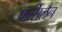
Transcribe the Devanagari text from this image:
पार्सिलैन